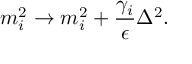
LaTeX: m _ { i } ^ { 2 } \rightarrow m _ { i } ^ { 2 } + \frac { \gamma _ { i } } { \epsilon } \Delta ^ { 2 } .